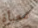
معبأة